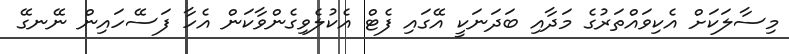
މިސާލަކަށް އެކިވައްތަރުގެ މަދާއި ބަދަނަކީ އޭގައި ފެޓް އެކުލެވިގެންވާކަން އެހާ ފަސޭހައިން ނޭނގޭ